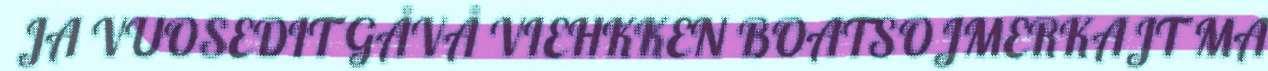
JA VUOSEDIT GÅVÅ VIEHKKEN BOATSOJMERKAJT MA